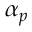
\alpha _ { p }